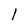
Character: 1